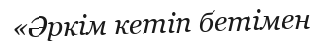
«Әркім кетіп бетімен